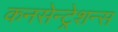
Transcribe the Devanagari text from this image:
कनसेन्ट्रेशन्स